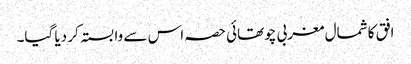
افق کا شمال مغربی چوتھائی حصہ اس سے وابستہ کر دیا گیا۔